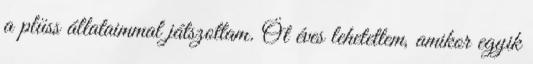
a plüss állataimmal játszottam. Öt éves lehetettem, amikor egyik